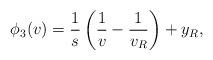
LaTeX: \begin{align*}\phi_3(v)&=\frac{1}{s}\left(\frac{1}{v}-\frac{1}{v_R}\right)+y_R,\end{align*}